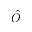
\hat { O }